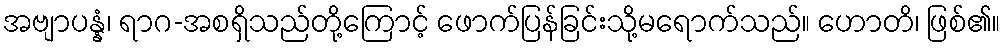
အဗျာပန္နံ၊ ရာဂ-အစရှိသည်တို့ကြောင့် ဖောက်ပြန်ခြင်းသို့မရောက်သည်။ ဟောတိ၊ ဖြစ်၏။